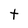
Character: t